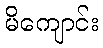
မိကျောင်း